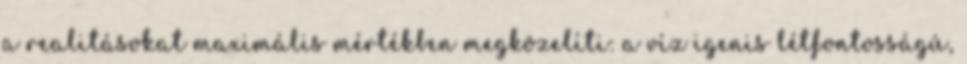
a realitásokat maximális mértékben megközelíti: a víz igenis létfontosságú,